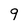
Character: 9